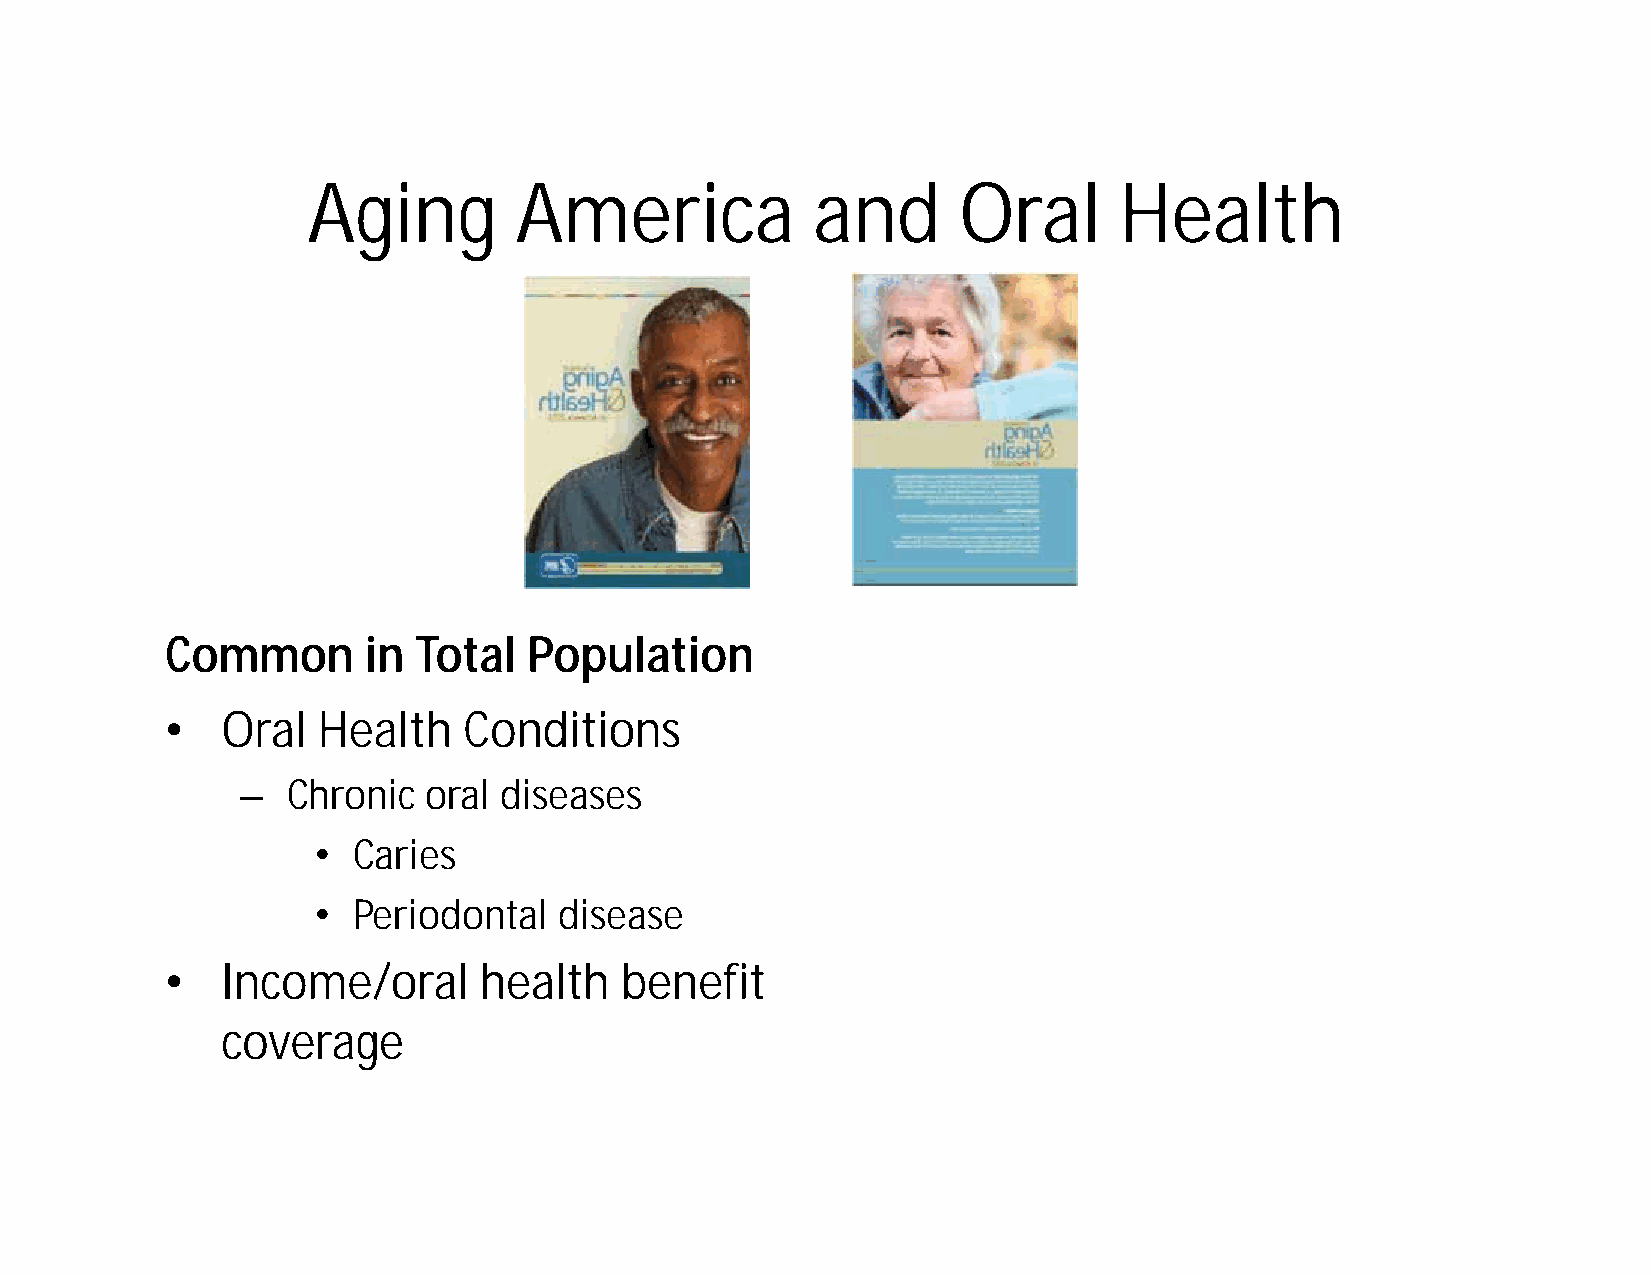
Aging         America             and      Oral       Health
 Common       in Total   Population
 •   Oral  Health    Conditions
 –  Chronic  oral diseases
 • Caries
 • Periodontal   disease
 •   Income/oral      health   benefit
 coverage